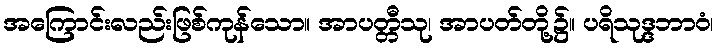
အကြောင်းလည်းဖြစ်ကုန်သော။ အာပတ္တီသု၊ အာပတ်တို့၌။ ပရိသုဒ္ဒဘာဝံ၊